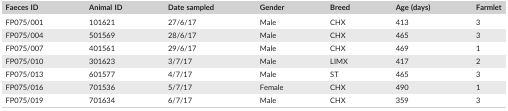
| Faeces ID | Animal ID | Date sampled | Gender | Breed | Age (days) | Farmlet |
 | --- | --- | --- | --- | --- | --- | --- |
 | FP075/001 | 101621 | 27/6/17 | Male | CHX | 413 | 3 |
 | FP075/004 | 501569 | 28/6/17 | Male | CHX | 465 | 3 |
 | FP075/007 | 401561 | 29/6/17 | Male | CHX | 469 | 1 |
 | FP075/010 | 301623 | 3/7/17 | Male | LIMX | 417 | 2 |
 | FP075/013 | 601577 | 4/7/17 | Male | ST | 465 | 3 |
 | FP075/016 | 701536 | 5/7/17 | Female | CHX | 490 | 1 |
 | FP075/019 | 701634 | 6/7/17 | Male | CHX | 359 | 3 |